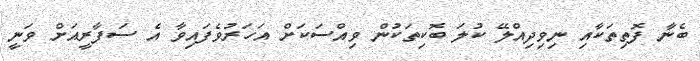
ބެނާ ފޮތިތަކާއި ނިވިދިއްލޭ ކުލަ ބޮކިތަކުން ވިއްސަކަށް އަހަރުވެފައިވާ އެ ސަފާރީއަށް ވަނީ